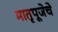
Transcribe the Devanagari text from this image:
मातृपूजेचे